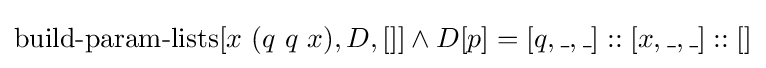
\operatorname {build-param-lists} [x\ (q\ q\ x),D,[]]\land D[p]=[q,\_,\_]::[x,\_,\_]::[]